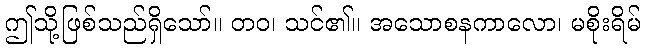
ဤသို့ဖြစ်သည်ရှိသော်။ တဝ၊ သင်၏။ အသောစနကာလော၊ မစိုးရိမ်